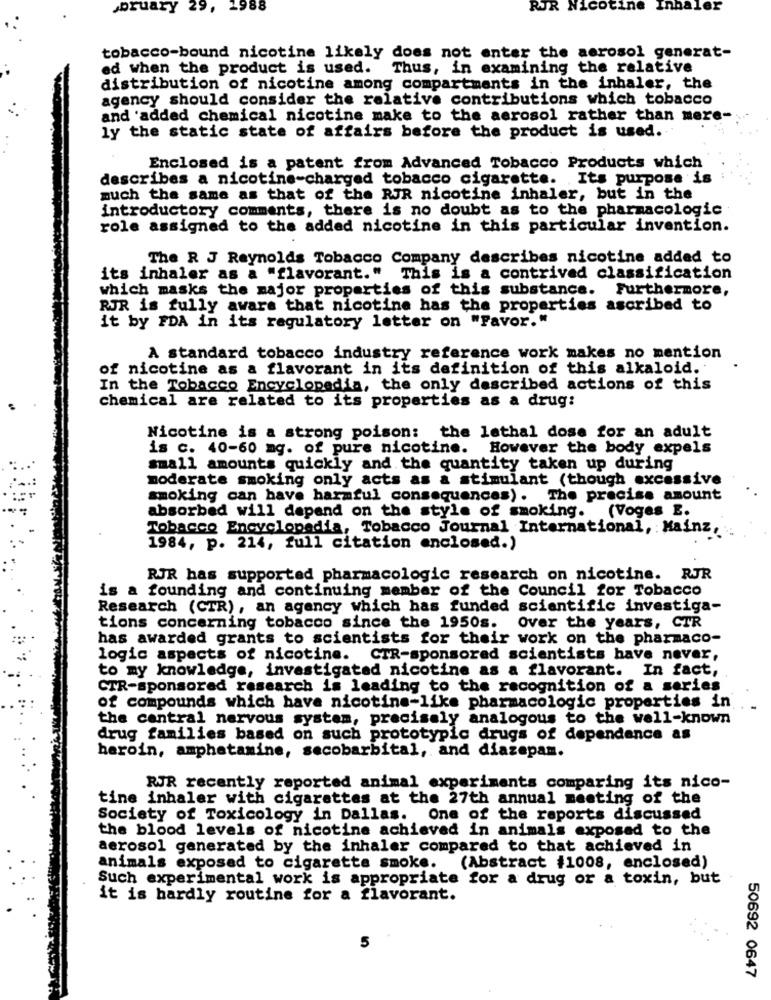
bruary 29, 1988
RJR Nicotine Inhaler
tobacco-bound nicotine likely does not enter the aerosol generat-
ed when the product is used. Thus, in examining the relative
distribution of nicotine among compartments in the inhaler, the
agency should consider the relative contributions which tobacco
and 'added chemical nicotine make to the aerosol rather than mere-
ly the static state of affairs before the product is used.
Enclosed is a patent from Advanced Tobacco Products which
describes a nicotine-charged tobacco cigarette. Its purpose is
much the same as that of the RJR nicotine inhaler, but in the
introductory comments, there is no doubt as to the pharmacologic
role assigned to the added nicotine in this particular invention.
The R J Reynolds Tobacco Company describes nicotine added to
its inhaler as a "flavorant." This is a contrived classification
which masks the major properties of this substance. Furthermore,
RJR is fully aware that nicotine has the properties ascribed to
it by FDA in its regulatory letter on "Favor."
A standard tobacco industry reference work makes no mention
of nicotine as a flavorant in its definition of this alkaloid.
In the Tobacco Encyclopedia, the only described actions of this
chemical are related to its properties as a drug:
Nicotine is a strong poison: the lethal dose for an adult
is c. 40-60 mg. of pure nicotine. However the body expels
small amounts quickly and the quantity taken up during
moderate smoking only acts as a stimulant (though excessive
smoking can have harmful consequences). The precise amount
absorbed will depend on the style of smoking. (Voges E.
Tobacco Encyclopedia, Tobacco Journal International, Mainz,
1984, p. 214, full citation enclosed.)
RJR has supported pharmacologic research on nicotine. RJR
is a founding and continuing member of the Council for Tobacco
Research (CTR), an agency which has funded scientific investiga-
tions concerning tobacco since the 1950s. Over the years, CTR
has awarded grants to scientists for their work on the pharmaco-
logic aspects of nicotine. CTR-sponsored scientists have never,
to my knowledge, investigated nicotine as a flavorant. In fact,
CTR-sponsored research is leading to the recognition of a series
of compounds which have nicotine-like pharmacologic properties in
the central nervous system, precisely analogous to the well-known
drug families based on such prototypic drugs of dependence as
heroin, amphetamine, secobarbital, and diazepam.
RJR recently reported animal experiments comparing its nico-
tine inhaler with cigarettes at the 27th annual meeting of the
Society of Toxicology in Dallas. One of the reports discussed
the blood levels of nicotine achieved in animals exposed to the
aerosol generated by the inhaler compared to that achieved in
animals exposed to cigarette smoke.
(Abstract #1008, enclosed)
Such experimental work is appropriate for a drug or a toxin, but
it is hardly routine for a flavorant.
50692 0647